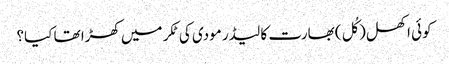
کوئی اکھل (کُل) بھارت کا لیڈر مودی کی ٹکر میں کھڑا تھا کیا؟